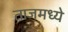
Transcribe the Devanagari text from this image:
ताजमध्ये